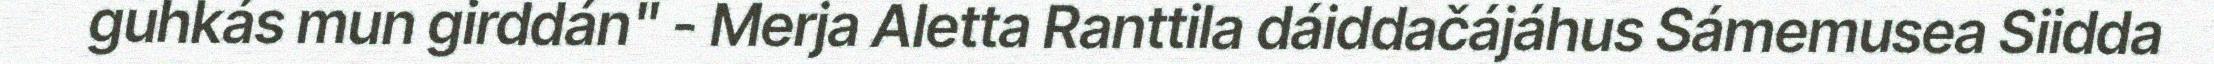
guhkás mun girddán" - Merja Aletta Ranttila dáiddačájáhus Sámemusea Siidda